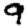
Digit: 9